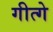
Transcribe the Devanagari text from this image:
गीत्गे